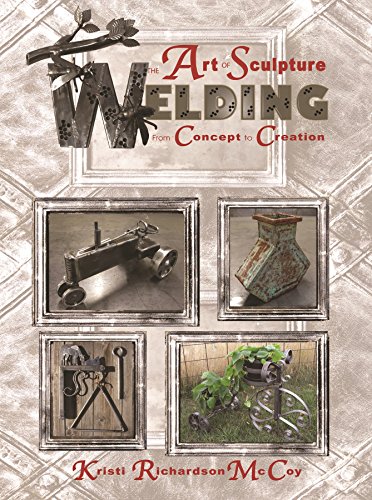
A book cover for The Art of Sculpture Welding: From Concept to Creation; Kristi Richardson McCoy; Arts & Photography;